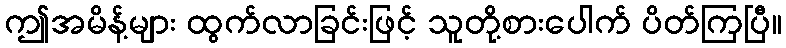
ဤအမိန့်များ ထွက်လာခြင်းဖြင့် သူတို့စားပေါက် ပိတ်ကြပြီ။